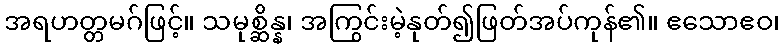
အရဟတ္တမဂ်ဖြင့်။ သမုစ္ဆိန္န၊ အကြွင်းမဲ့နုတ်၍ဖြတ်အပ်ကုန်၏။ ဧသောဧဝ၊